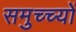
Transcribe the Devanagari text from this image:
समुच्च्यों